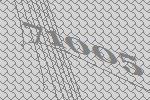
71005